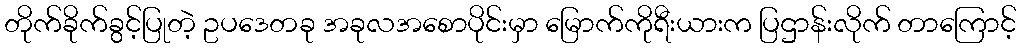
တိုက်ခိုက်ခွင့်ပြုတဲ့ ဥပဒေတခု အခုလအစောပိုင်းမှာ မြောက်ကိုရီးယားက ပြဌာန်းလိုက် တာကြောင့်